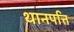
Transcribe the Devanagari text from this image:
थानपत्ति